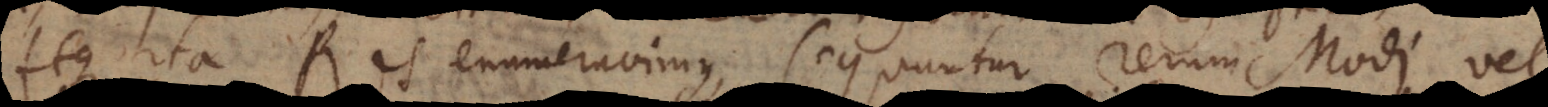
Atque ita Res enumeravimus, sequuntur rerum Modi, vel